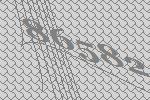
86582